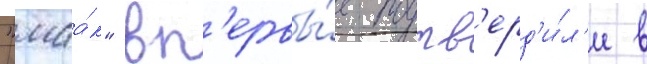
"маа́к" вп'ервы́е подтв'ерд'и́л'и в